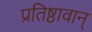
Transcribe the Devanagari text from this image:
प्रतिष्ठावान्